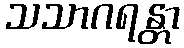
သသာဂရန္တာ